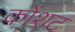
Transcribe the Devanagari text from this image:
कोंशट